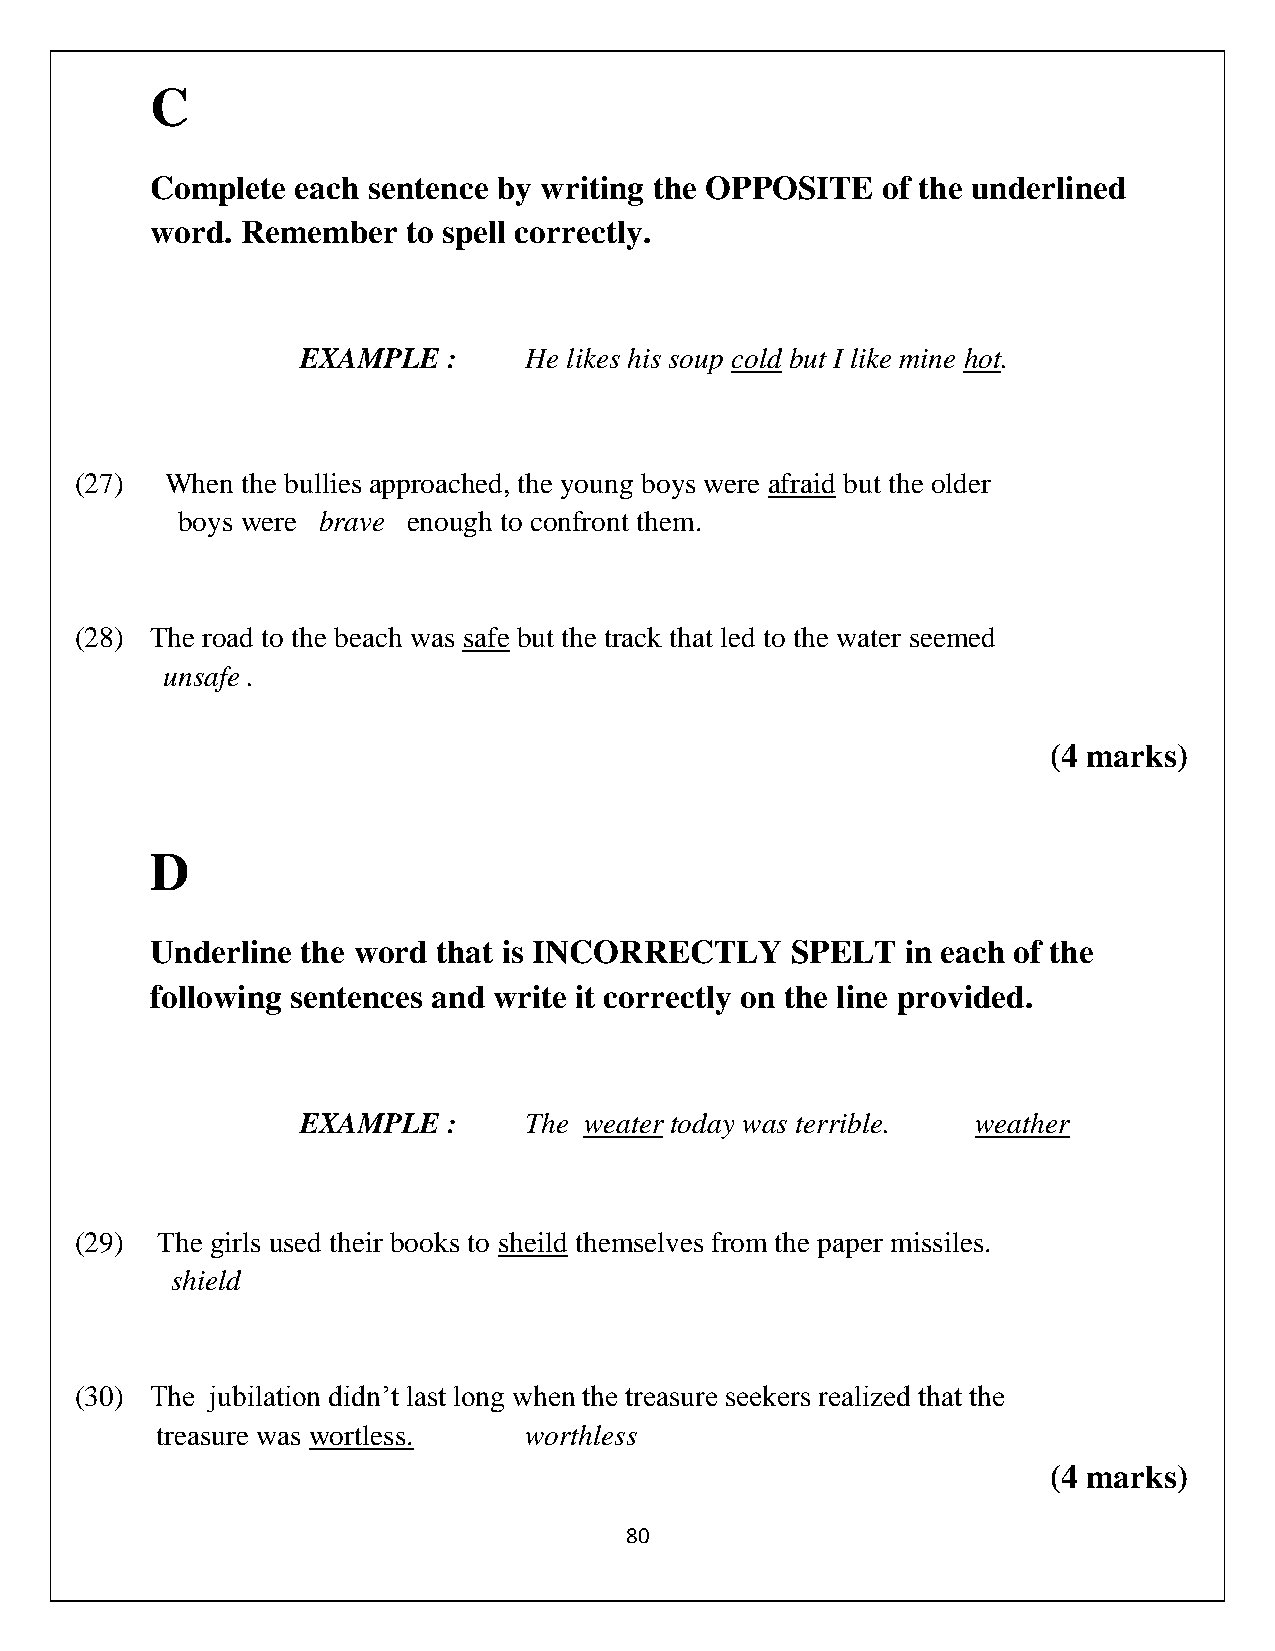
C
 Complete  each sentence by writing the OPPOSITE of the underlined
 word. Remember   to spell correctly.
 EXAMPLE   :    He likes his soup cold but I like mine hot.
 (27)  When the bullies approached, the young boys were afraid but the older
 boys were brave enough to confront them.
 (28) The road to the beach was safe but the track that led to the water seemed
 unsafe .
 (4 marks)
 D
 Underline the word that is INCORRECTLY    SPELT   in each of the
 following sentences and write it correctly on the line provided.
 EXAMPLE   :    The weater today was terrible. weather
 (29) The girls used their books to sheild themselves from the paper missiles.
 shield
 (30) The jubilation didn’t last long when the treasure seekers realized that the
 treasure was wortless.   worthless
 (4 marks)
 80